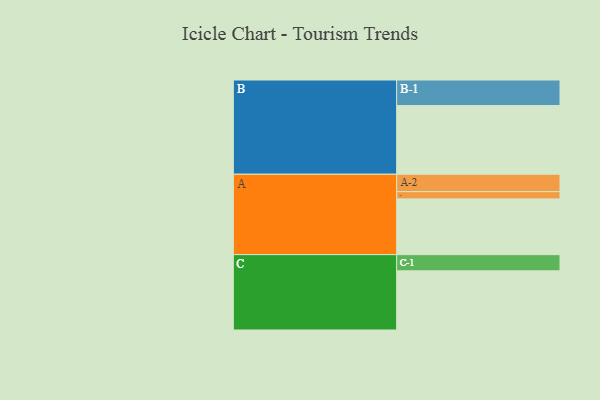
{"axis": {"x": "Segment", "y": "Value"}, "legend": ["", "A", "B", "C"], "data": [{"x": "A", "y": 475, "type": ""}, {"x": "B", "y": 585, "type": ""}, {"x": "C", "y": 504, "type": ""}, {"x": "A-1", "y": 62, "type": "A"}, {"x": "A-2", "y": 148, "type": "A"}, {"x": "B-1", "y": 218, "type": "B"}, {"x": "C-1", "y": 138, "type": "C"}]}